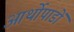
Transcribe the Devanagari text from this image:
आर्थोपाडों